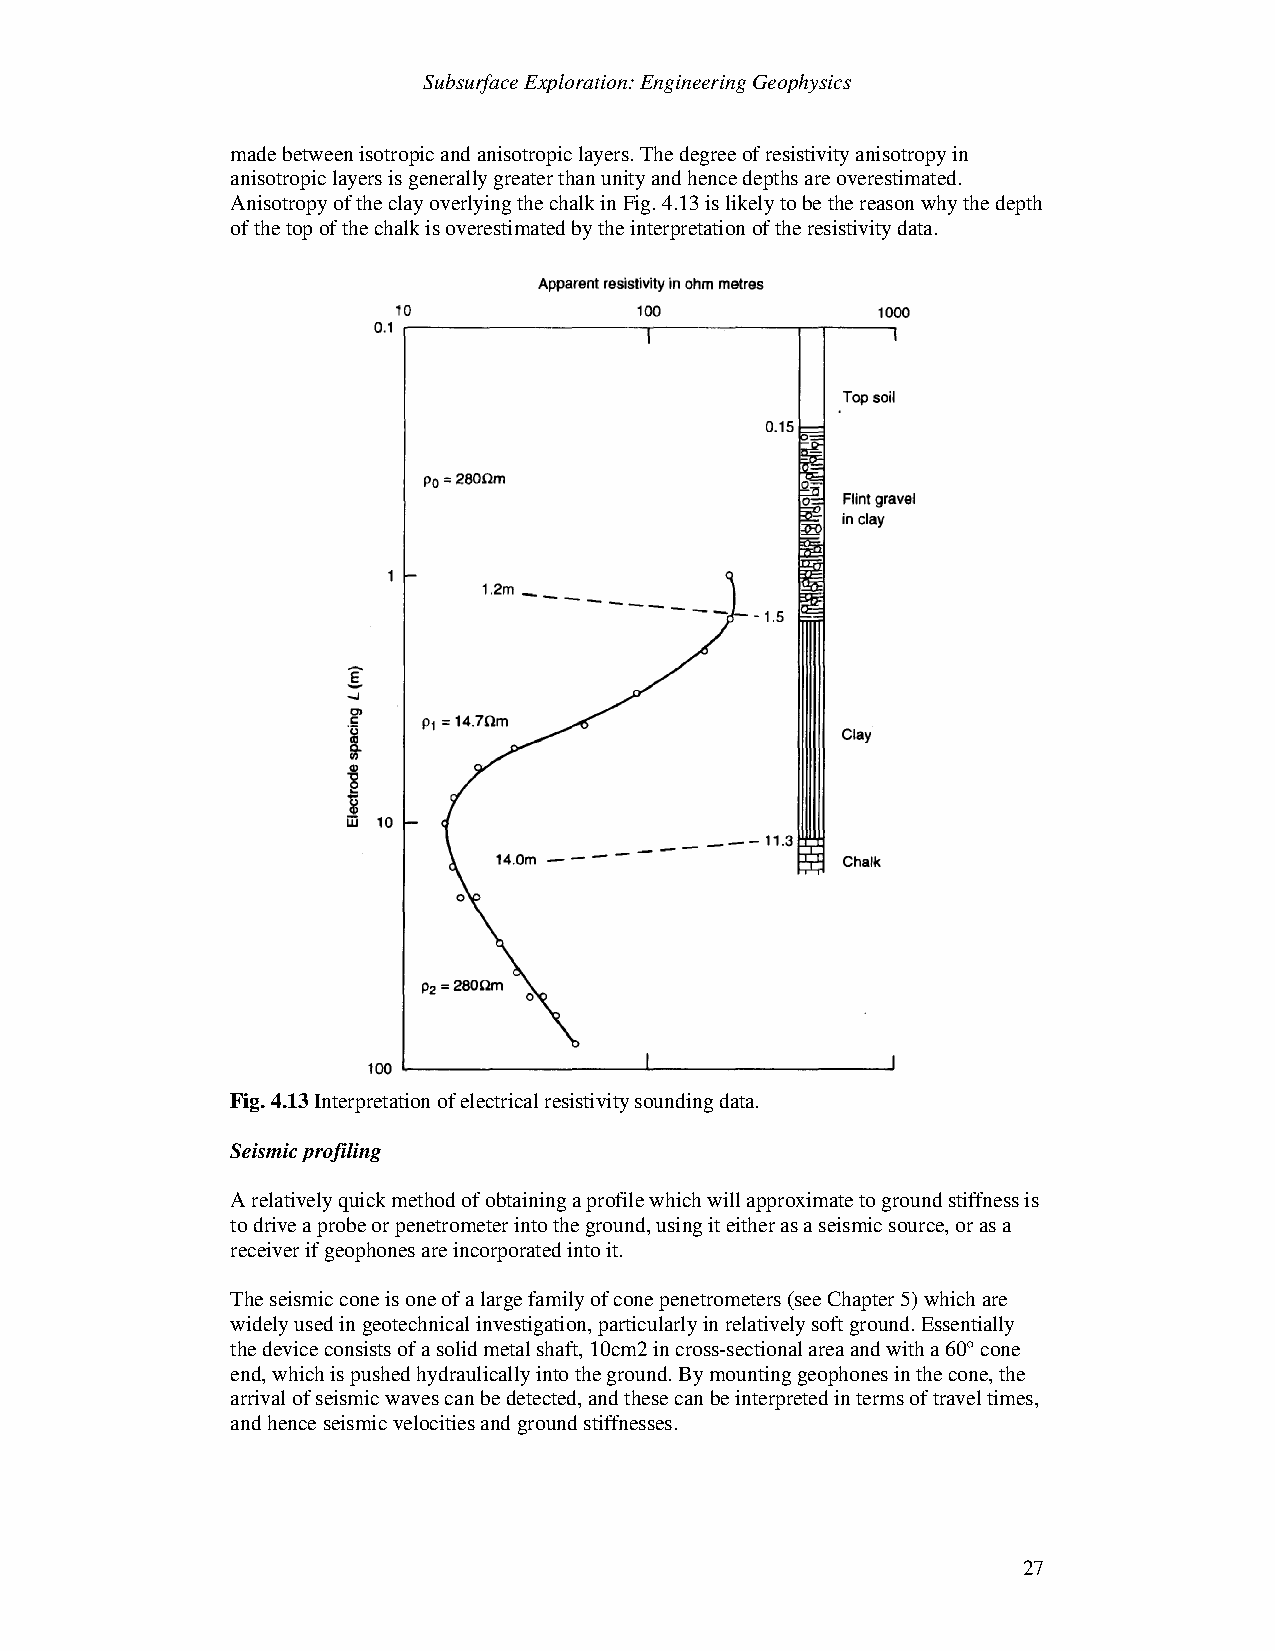
Subsurface Exploration: Engineering Geophysics
 made between isotropic and anisotropic layers. The degree of resistivity anisotropy in
 anisotropic layers is generally greater than unity and hence depths are overestimated.
 Anisotropy of the clay overlying the chalk in Fig. 4.13 is likely to be the reason why the depth
 of the top of the chalk is overestimated by the interpretation of the resistivity data.
 Fig. 4.13 Interpretation of electrical resistivity sounding data.
 Seismic profiling
 A relatively quick method of obtaining a profile which will approximate to ground stiffness is
 to drive a probe or penetrometer into the ground, using it either as a seismic source, or as a
 receiver if geophones are incorporated into it.
 The seismic cone is one of a large family of cone penetrometers (see Chapter 5) which are
 widely used in geotechnical investigation, particularly in relatively soft ground. Essentially
 the device consists of a solid metal shaft, 10cm2 in cross-sectional area and with a 60° cone
 end, which is pushed hydraulically into the ground. By mounting geophones in the cone, the
 arrival of seismic waves can be detected, and these can be interpreted in terms of travel times,
 and hence seismic velocities and ground stiffnesses.
 27